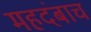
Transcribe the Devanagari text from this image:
महदंबाच